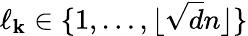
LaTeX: \ell_{\mathbf{k}}\in\{ 1,\dots,\lfloor\sqrt{{d}}{{n}}\rfloor\}